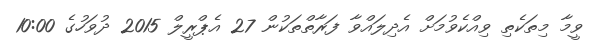
ވީމާ މިތަކެތި ވިއްކެވުމަށް އެދިލައްވާ ފަރާތްތަކުން 27 އެޕްރީލް 2015 ދުވަހުގެ 10:00